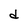
Character: d